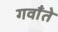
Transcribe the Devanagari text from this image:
गवाँते